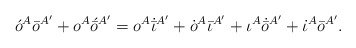
\begin{align*}\acute{o}^A\bar{o}^{A'} + o^A\acute{\bar{o}}{}^{A'} =o^A\dot{\bar{\iota}}{}^{A'} + \dot{o}^A\bar{\iota}{}^{A'} +\iota^A\dot{\bar{o}}{}^{A'} + \dot{\iota}^A\bar{o}{}^{A'}.\end{align*}